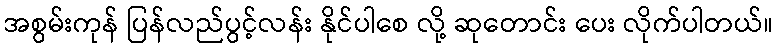
အစွမ်းကုန် ပြန်လည်ပွင့်လန်း နိုင်ပါစေ လို့ ဆုတောင်း ပေး လိုက်ပါတယ်။